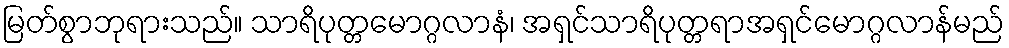
မြတ်စွာဘုရားသည်။ သာရိပုတ္တမောဂ္ဂလာနံ၊ အရှင်သာရိပုတ္တရာအရှင်မောဂ္ဂလာန်မည်